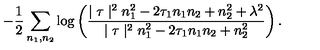
\! \! \! \! - \frac { 1 } { 2 } \sum _ { n _ { 1 } , n _ { 2 } } \log \left( \frac { \mid \tau \mid ^ { 2 } n _ { 1 } ^ { 2 } - 2 \tau _ { 1 } n _ { 1 } n _ { 2 } + n _ { 2 } ^ { 2 } + \lambda ^ { 2 } } { \mid \tau \mid ^ { 2 } n _ { 1 } ^ { 2 } - 2 \tau _ { 1 } n _ { 1 } n _ { 2 } + n _ { 2 } ^ { 2 } } \right) .